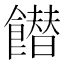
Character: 𩞲